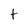
Character: t